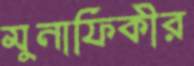
মুনাফিকীর